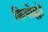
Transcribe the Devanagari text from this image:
क्रियोल्लो